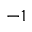
^ { - 1 }